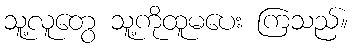
သူ့လူတွေ သူ့ကိုထူမပေး ကြသည်။